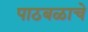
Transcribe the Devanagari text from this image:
पाठबळाचे